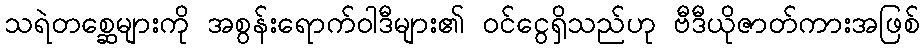
သရဲတစ္ဆေများကို အစွန်းရောက်ဝါဒီများ၏ ဝင်ငွေရှိသည်ဟု ဗီဒီယိုဇာတ်ကားအဖြစ်